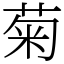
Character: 菊